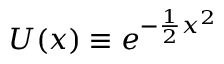
U ( x ) \equiv e ^ { - \frac { 1 } { 2 } x ^ { 2 } }